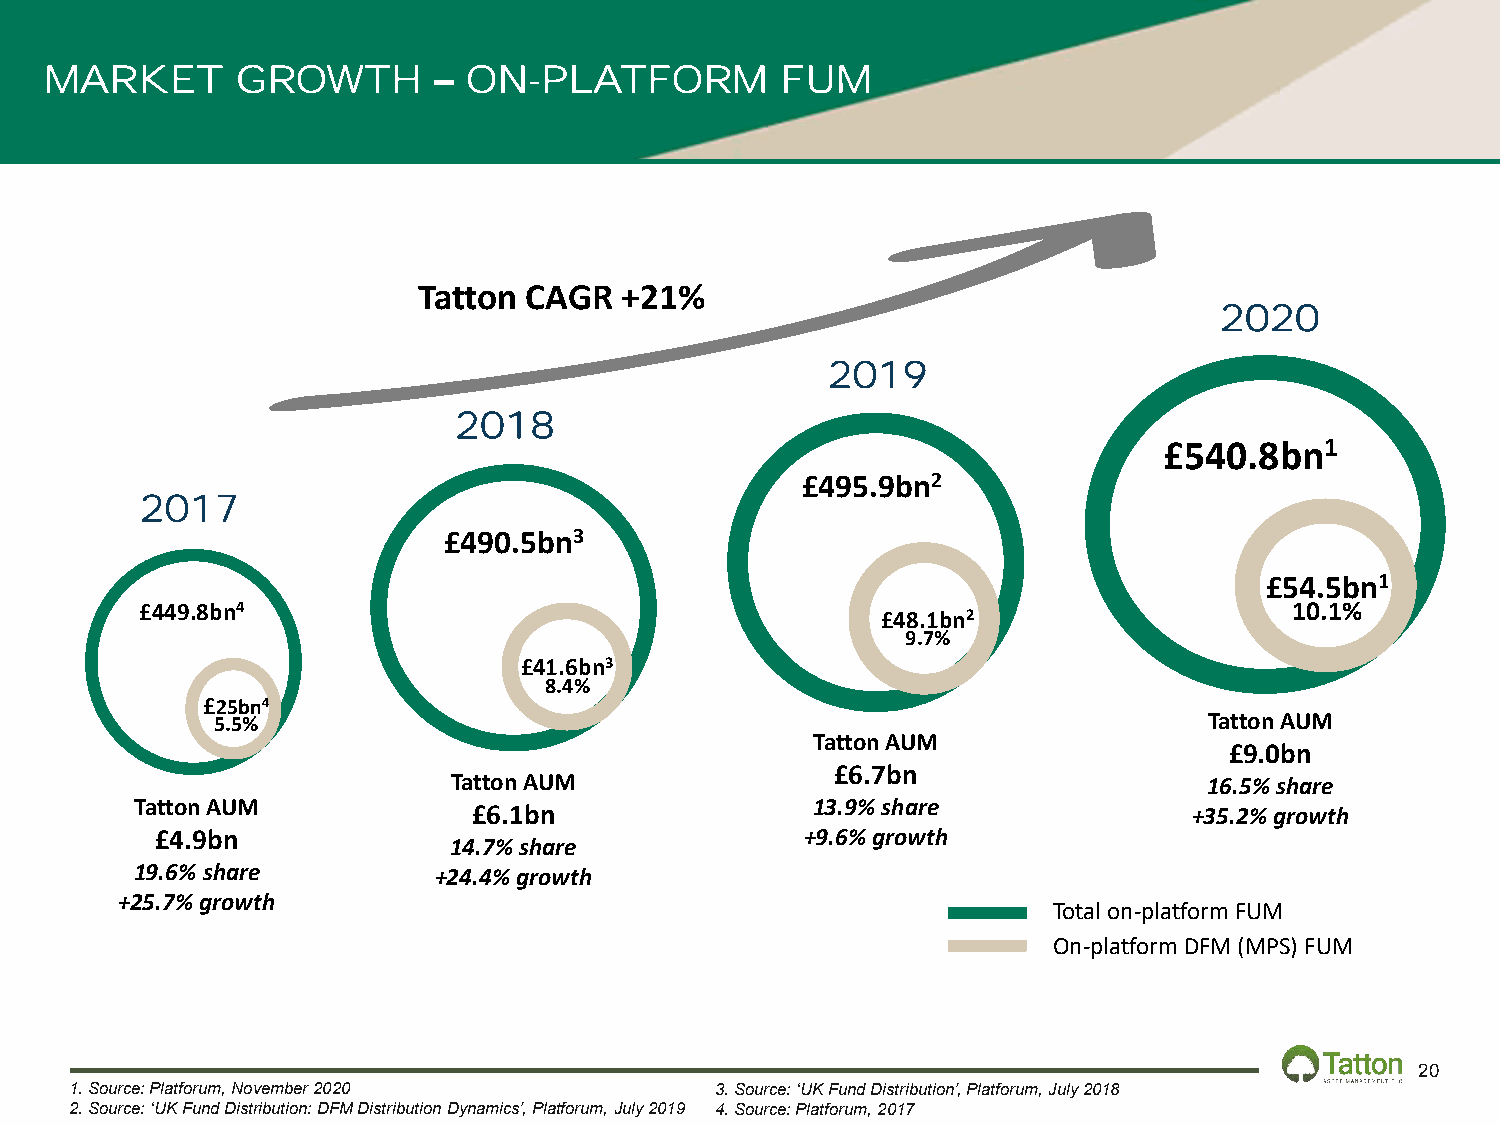
MARKET       GROWTH       – ON-PLATFORM          FUM
 Tatton CAGR  +21%
 2020
 2019
 2018
 £540.8bn1
 £495.9bn2
 2017
 £490.5bn3
 £54.5bn1
 £449.8bn4                                                                    10.1%
 £48.1bn2
 9.7%
 £41.6bn3
 8.4%
 £25bn4
 5.5%                                                              Tatton AUM
 Tatton AUM
 £9.0bn
 £6.7bn
 Tatton AUM                                        16.5% share
 Tatton AUM            £6.1bn                 13.9% share              +35.2% growth
 £4.9bn                                     +9.6% growth
 14.7% share
 19.6% share         +24.4% growth
 +25.7% growth
 Total on-platform FUM
 On-platform DFM (MPS) FUM
 20
 1.Source: Platforum, November 2020        3. Source: ‘UK Fund Distribution’, Platforum, July 2018
 2. Source: ‘UK Fund Distribution: DFM Distribution Dynamics’, Platforum, July 2019 4. Source: Platforum, 2017